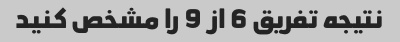
نتیجه تفریق 6 از 9 را مشخص کنید